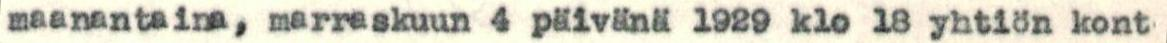
maanantaina, marraskuun 4 päivänä 1929 klo 18 yhtiön kont-